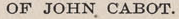
OF JOHN CABOT.